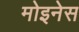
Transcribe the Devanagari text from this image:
मोइनेस